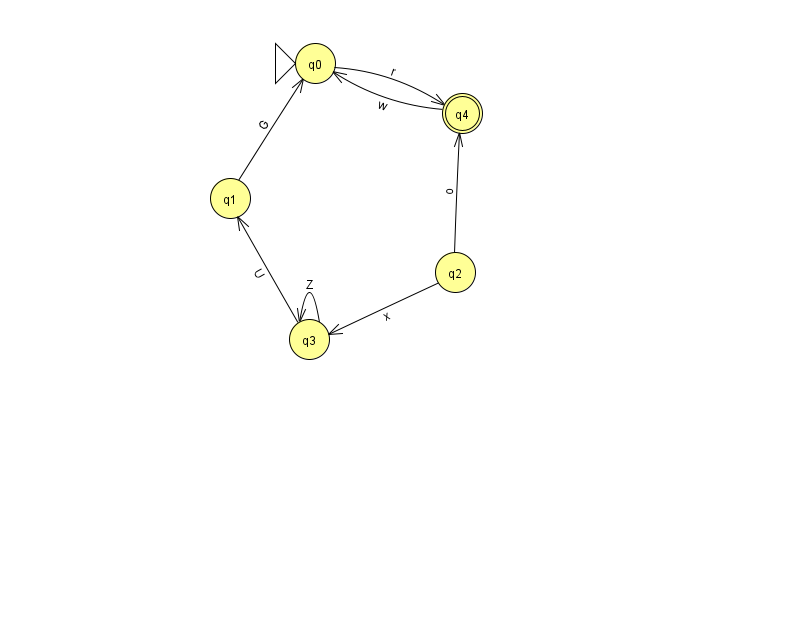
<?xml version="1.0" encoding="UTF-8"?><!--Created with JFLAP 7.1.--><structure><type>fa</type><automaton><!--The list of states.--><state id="0" name="q0"><x>315.0</x><y>50.0</y><initial/></state><state id="1" name="q1"><x>230.0</x><y>185.0</y></state><state id="2" name="q2"><x>455.0</x><y>259.0</y></state><state id="3" name="q3"><x>309.0</x><y>326.0</y></state><state id="4" name="q4"><x>462.0</x><y>100.0</y><final/></state><!--The list of transitions.--><transition><from>2</from><to>3</to><read>x</read></transition><transition><from>1</from><to>0</to><read>G</read></transition><transition><from>3</from><to>3</to><read>Z</read></transition><transition><from>4</from><to>0</to><read>w</read></transition><transition><from>2</from><to>4</to><read>o</read></transition><transition><from>0</from><to>4</to><read>r</read></transition><transition><from>3</from><to>1</to><read>U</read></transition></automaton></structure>